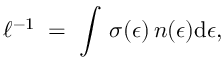
\ell ^ { - 1 } \; = \; \int \, \sigma ( \epsilon ) \, n ( \epsilon ) \mathrm { d } \epsilon ,